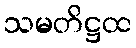
သမတိဋ္ဌထ